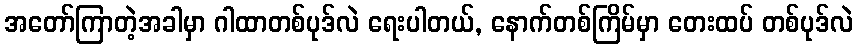
အတော်ကြာတဲ့အခါမှာ ဂါထာတစ်ပုဒ်လဲ ရေးပါတယ်, နောက်တစ်ကြိမ်မှာ တေးထပ် တစ်ပုဒ်လဲ